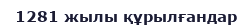
1281 жылы құрылғандар